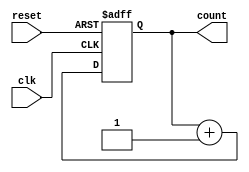
module counter (
    input clk,
    input reset,
    output reg [N-1:0] count
);

parameter N = 8; // number of bits in the counter

always @(posedge clk or posedge reset) begin
    if (reset) begin
        count <= 0;
    end else begin
        count <= count + 1;
    end
end

endmodule